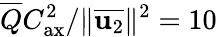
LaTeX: \overline{{Q}}C_{\mathrm{ax}}^{2}/\Vert\overline{{\mathbf{u}_{2}}}\Vert^{2}=10